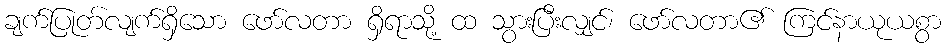
ချက်ပြုတ်လျက်ရှိသော ဖော်လတာ ရှိရာသို့ ထ သွားပြီးလျှင်၊ ဖော်လတာ၏ ကြင်နာယုယစွာ